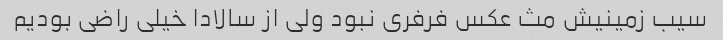
سیب زمینیش مث عکس فرفری نبود ولی از سالادا خیلی راضی بودیم